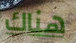
هناك